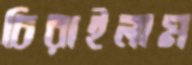
চিরাইলাম